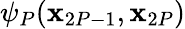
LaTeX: \psi_{P}(\mathbf{x}_{2P-1},\mathbf{x}_{2P})